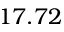
1 7 . 7 2